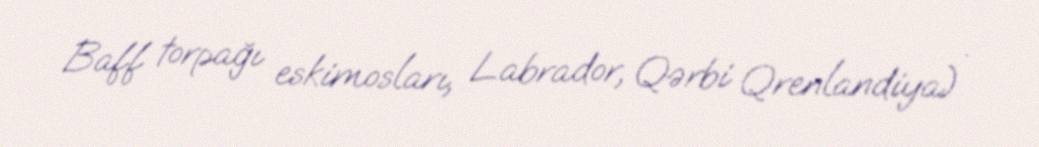
Baff torpağı eskimosları, Labrador, Qərbi Qrenlandiya) .